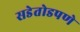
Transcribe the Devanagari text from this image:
सडेतोडपणे